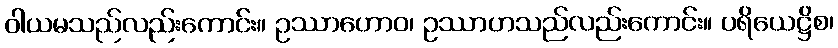
ဝါယမသည်လည်းကောင်း။ ဥဿာဟောဝ၊ ဥဿာဟသည်လည်းကောင်း။ ပရိယေဋ္ဌိစ၊